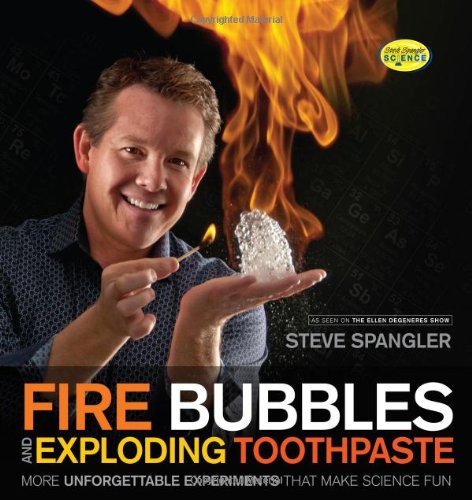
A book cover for Fire Bubbles and Exploding Toothpaste: More Unforgettable Experiments that Make Science Fun (Steve Spangler Science); Steve Spangler; Science & Math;